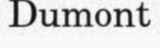
Dumont